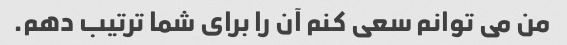
من می توانم سعی کنم آن را برای شما ترتیب دهم.